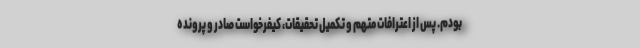
بودم. پس‌ از اعترافات متهم و تکمیل تحقیقات، کیفرخواست صادر و پرونده